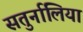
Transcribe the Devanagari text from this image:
सतुर्नालिया